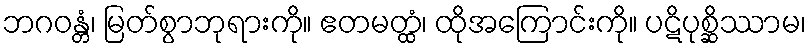
ဘဂဝန္တံ၊ မြတ်စွာဘုရားကို။ ဧတမတ္ထံ၊ ထိုအကြောင်းကို။ ပဋိပုစ္ဆိဿာမ၊